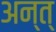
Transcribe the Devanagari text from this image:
अन्त्